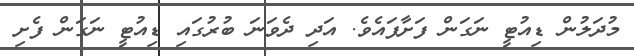
މުދަލުން ޑިއުޓީ ނަގަން ފަށާފައެވެ. އަދި ދެވަނަ ބުރުގައި ޑިއުޓީ ނަގަން ފެށި